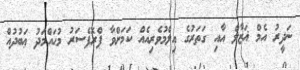
ނަދީރު އެމް ޣަޒާލް އާއި ގަތަރުގެ އިލްމުވެރިއެއް ކަމަށްވާ ޕްރޮފެސަރު މުޙައްމަދު ޢަބުދުއް